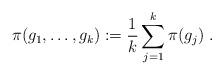
LaTeX: \begin{align*}\pi(g_1,\ldots,g_k) := \frac{1}{k} \sum_{j=1}^k \pi(g_j) \; .\end{align*}